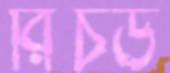
রিচড